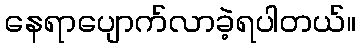
နေရာပျောက်လာခဲ့ရပါတယ်။